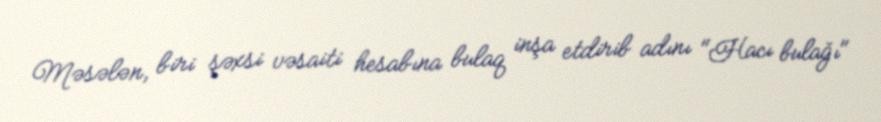
Məsələn, biri şəxsi vəsaiti hesabına bulaq inşa etdirib adını "Hacı bulağı"